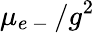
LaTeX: \mu_{e\mathrm{~-~}}/g^{2}